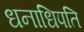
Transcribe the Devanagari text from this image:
धनाधिपति